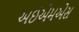
અઈએમએસ